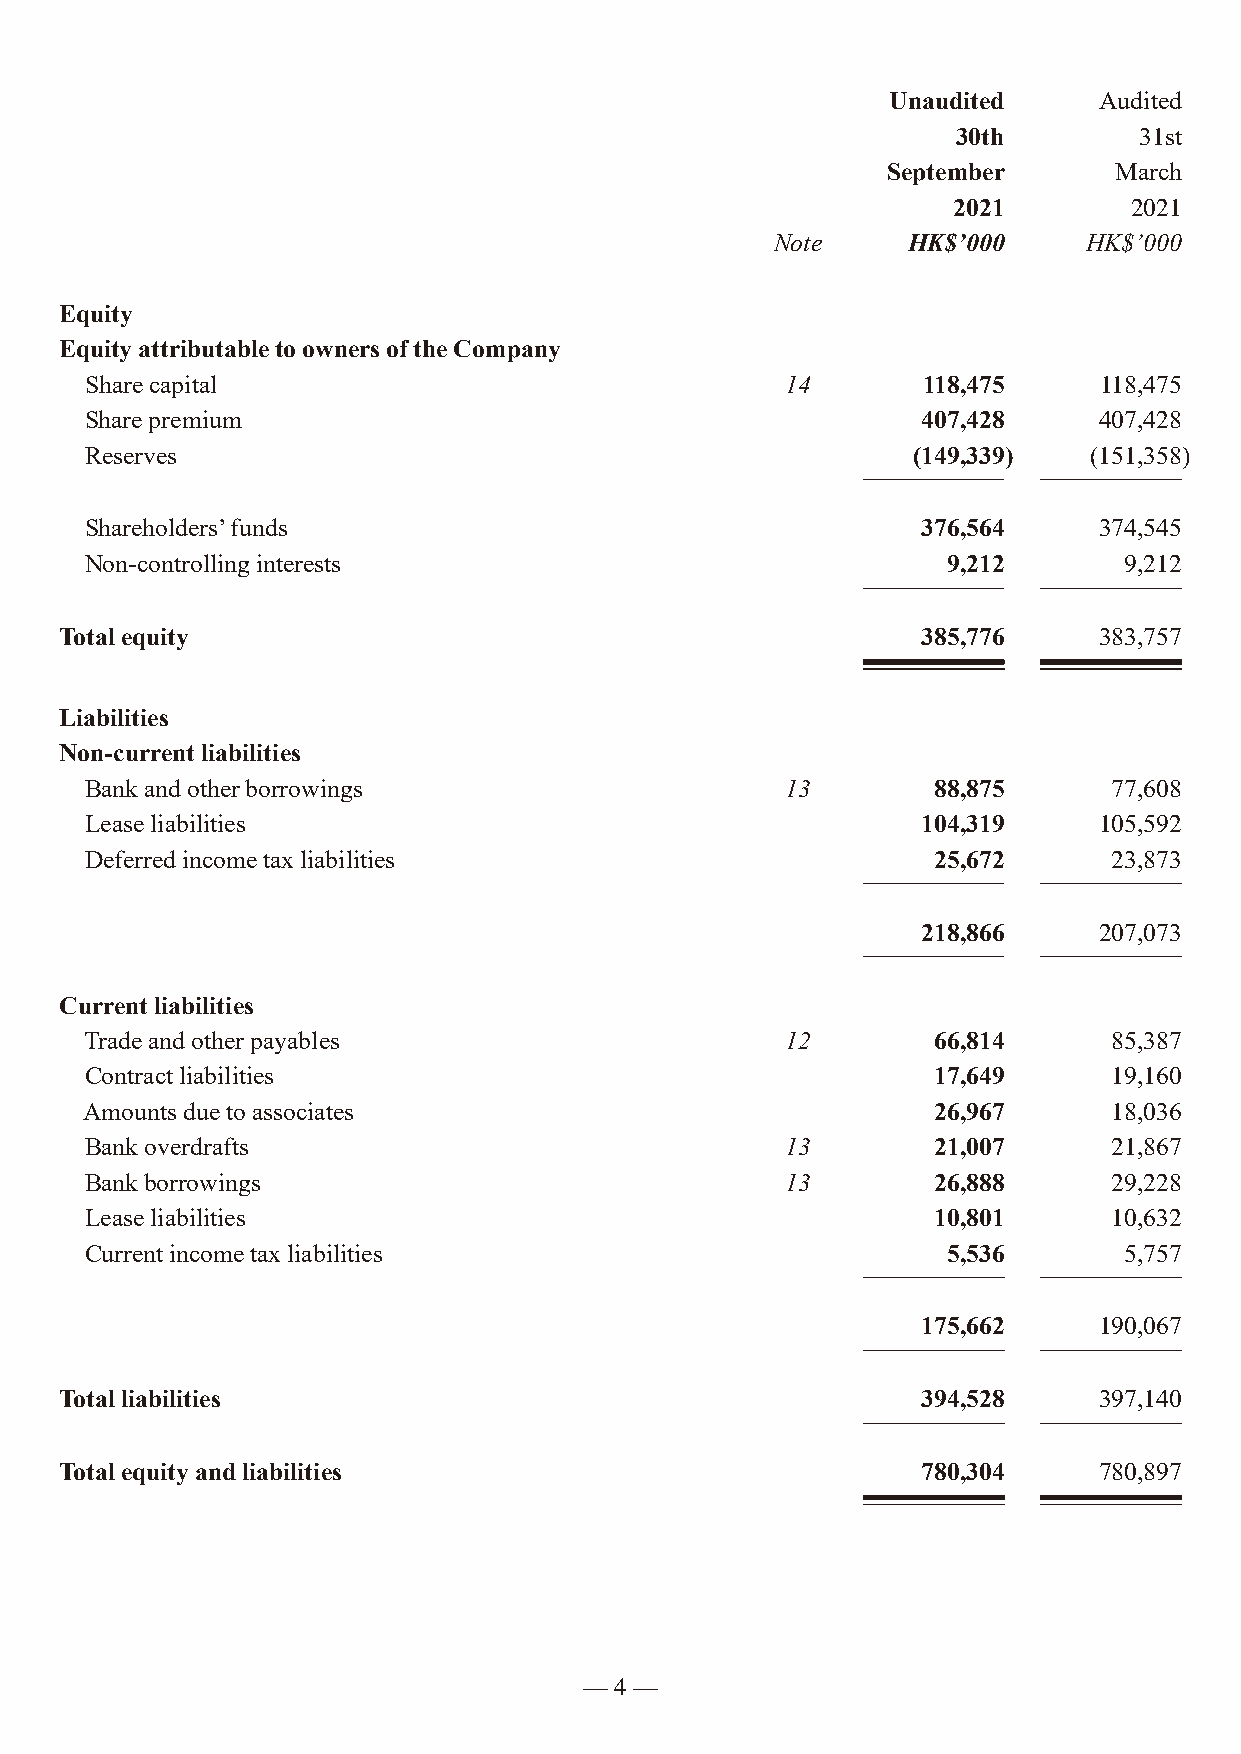
Unaudited     Audited
 30th        31st
 September      March
 2021        2021
 Note     HK$’000     HK$’000
 Equity
 Equity attributable to owners of the Company
 Share capital                                 14       118,475     118,475
 Share premium                                          407,428     407,428
 Reserves                                              (149,339)   (151,358)
 Shareholders’ funds                                    376,564     374,545
 Non-controlling interests                                9,212      9,212
 Total equity                                             385,776     383,757
 Liabilities
 Non-current liabilities
 Bank and other borrowings                     13        88,875      77,608
 Lease liabilities                                      104,319     105,592
 Deferred income tax liabilities                         25,672      23,873
 218,866     207,073
 Current liabilities
 Trade and other payables                      12        66,814      85,387
 Contract liabilities                                    17,649      19,160
 Amounts due to associates                               26,967      18,036
 Bank overdrafts                               13        21,007      21,867
 Bank borrowings                               13        26,888      29,228
 Lease liabilities                                       10,801      10,632
 Current income tax liabilities                           5,536      5,757
 175,662     190,067
 Total liabilities                                        394,528     397,140
 Total equity and liabilities                             780,304     780,897
 — 4 —